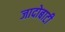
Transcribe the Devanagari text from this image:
जादोबाटी